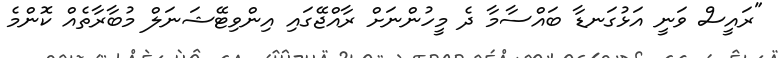
"ރައީސް ވަނީ އަޅުގަނޑާ ބައްސާމާ ދެ މީހުންނަށް ރާއްޖޭގައި އިންވިޓޭޝަނަލް މުބާރާތެއް ކޮންމެ